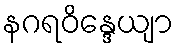
နဂရဝိန္ဒေယျာ